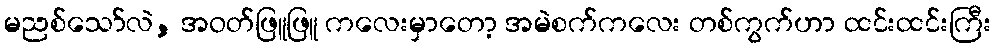
မညစ်သော်လဲ, အဝတ်ဖြူဖြူ ကလေးမှာတော့ အမဲစက်ကလေး တစ်ကွက်ဟာ ထင်းထင်းကြီး